Vaccination in Burma 1889-1999 - 1889-1999
Year: 1889
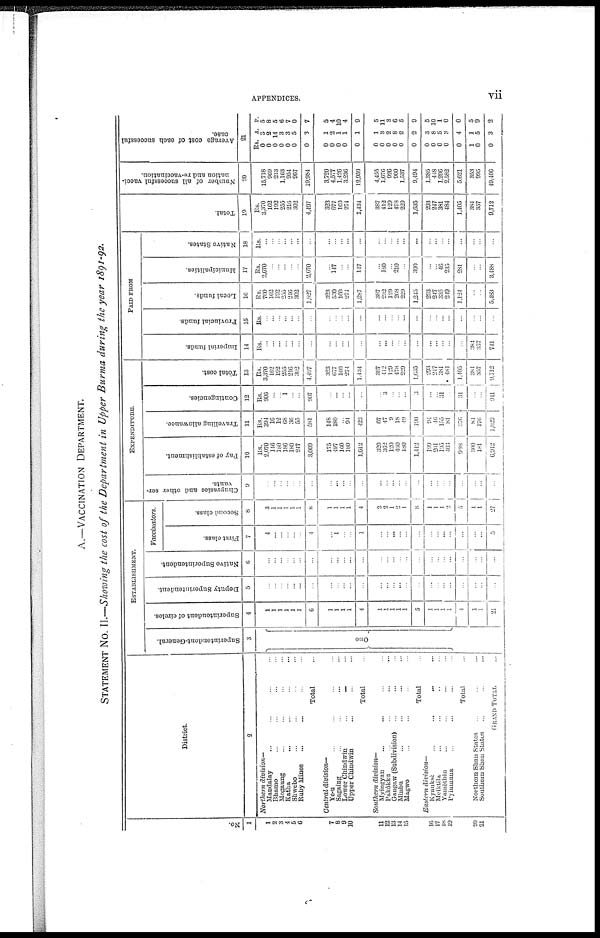
APPENDICES.
vii
A.—VACCINATION DEPARTMENT.
STATEMENT NO. II.—Showing the cost of the Department in Upper Burma during the year 1891-92.
NO.
1
1
2
3
4
5 6
7
8
9
10
11
12
13
14
15
16
17
18
19
20
21
District.
2
Northern
division—
Mandalay ... ... ... ...
Bhamo ... ... ... ...
Mogaung ... ... ...
Katha ... ... ...
Shwebo ... ... ...
Ruby Mines ... ... ...
Total ...
Central division—
Ye-u ... ... ...
Sagaing ... ... ...
Lower Chindwin ... ...
Upper Chindwin ... ... ...
Total ...
Southern
division—
Myingyan ... ... ...
Pakôkka ... ... ...
Gangaw (Subdivision) ... ...
Minbu ... ... ...
Magwe ... ... ...
Total ...
Eastern
division—
Kyauksè
...
...
...
Meiktila ... ... ...
Yamèthin ... ... ...
Pyinmana ... ... ...
Total ...
Northern Shan States ... ... ...
Southern Shun Status ... ... ...
GRAND TOTAL ...
ESTABLISHMENT.
Superintendent-General.
3
One
Superintendent of circles.
4
...
...
...
...
...
...
6
1
1
1
1
4
1
1
1
1
1
5
1
1
1
1
4
1
1
21
Deputy Superintendent.
5
...
...
...
...
...
...
...
...
...
...
...
...
...
...
...
...
...
...
...
...
...
...
...
...
...
...
Native Superintendent.
6
...
...
...
...
...
...
...
...
...
...
...
...
...
...
...
...
...
...
...
...
...
...
...
...
...
...
Vaccinators.
First class.
7
4
...
...
...
...
...
4
...
1
...
...
1
...
...
...
...
...
...
...
...
...
...
...
...
...
5
Second class.
8
3
1
1
1
1
1
8
1
1
1
1
4
2
2
1
...
1
8
1
1
1
2
5
1
1
27
EXPENDITURE.
Chuprasies and other ser-
vants.
9
...
...
...
...
...
...
...
...
...
...
...
...
...
...
...
...
...
...
...
...
...
...
...
...
...
...
Pay of establishment.
10
Rs.
2,070
146
180
186
180
247
3,009
175
497
160
180
1,012
320
362
120
460
180
1,442
199
201
195
403
998
300
181
6,912
Travelling allowance.
11
Rs.
394
16
12
68
36
55
581
148
180
...
94
422
67
47
9
18
49
190
94
46
155
81
376
84
176
1,829
Contingencies.
12
Rs.
906
...
...
1
...
...
907
...
...
...
...
...
...
3
...
...
...
3
...
...
31
...
31
...
...
941
Total cost.
13
Rs.
3,370
162
192
255
216
302
4,497
323
677
160
274
1,434
387
412
129
478
229
1,635
293
247
381
484
1,405
381
357
9,712
PAID FROM
Imperial funds.
14
Rs.
...
...
...
...
...
...
...
...
...
...
...
...
...
...
...
...
...
...
...
...
...
...
...
384
357
741
Provincial funds.
15
Rs.
...
...
...
...
...
...
...
...
...
...
...
...
...
...
...
...
...
...
...
...
...
...
...
...
...
...
Local funds.
16
Rs.
700
162
192
255
216
302
1,827
323
530
160
274
1,287
387
232
129
268
229
1,245
293
247
335
249
1,124
...
...
5,483
Municipalities.
17
Rs.
2,670
...
...
...
...
...
2,670
...
147
...
...
147
...
180
...
210
...
390
...
...
46
235
281
...
...
3,488
Native States.
18
Rs.
...
...
...
...
...
...
...
...
...
...
...
...
...
...
...
...
...
...
...
...
...
...
...
...
...
...
Total.
19
Rs.
3,370
162
192
255
216
302
4,497
323
677
160
274
1,434
387
412
129
478
229
1,635
293
247
381
484
1,405
384
357
9,712
Number of all successful vacci-
nation and re-vaccination.
20
15,718
969
213
1,163
954
967
19,984
3,720
4,577
1,426
3,236
12,959
4,455
1,676
926
900
1,537
9,494
1,385
448
1,206
2,582
5,621
353
995
49,406
Average cost of each successful
case.
21
Rs.
0
0
0
0
0
0
0
0
0
0
0
0
0
0
0
0
0
0
0
0
0
0
0
1
0
0
A.
3
2
14
3
3
5
3
1
2
1
1
1
1
3
2
8
2
2
3
8
5
3
4
1
5
3
P.
5
8
5
6
7
0
7
5
4
10
4
9
5
11
3
6 5
9
5
10 1
0
0
5
9
2